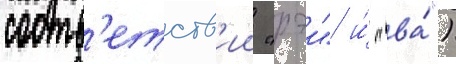
соотв'етств'ии "рэи" и́ "ва́")